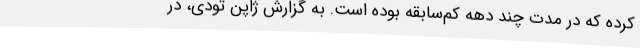
کرده که در مدت چند دهه کم‌سابقه بوده است. به گزارش ژاپن تودی، در